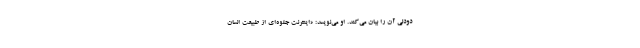
دودلی آن را بیان می‌کند. او می‌نویسد: «اینترنت جلوه‌ای از طبیعت انسان